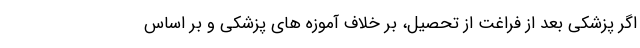
اگر پزشکی بعد از فراغت از تحصیل، بر خلاف آموزه های پزشکی و بر اساس